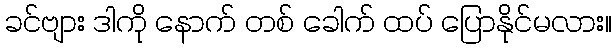
ခင်ဗျား ဒါကို နောက် တစ် ခေါက် ထပ် ပြောနိုင်မလား။